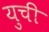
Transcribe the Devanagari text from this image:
युची